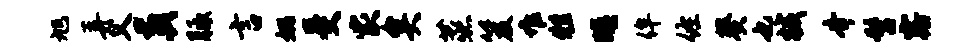
旭弄父葬胝言姚受家矣蒸笈堆牲暝侔佐葵也械齐髫露